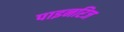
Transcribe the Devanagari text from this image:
पाइनरिज